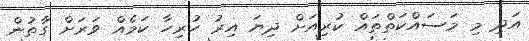
އަދި މި މަސައްކަތްތައް ކުރިއަށް ދިޔަ އިރު ހުރިހާ ކަމެއް ވަރަށް ގާތުން